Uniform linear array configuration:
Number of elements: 64
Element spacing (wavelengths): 0.5
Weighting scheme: hann
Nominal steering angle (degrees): -45
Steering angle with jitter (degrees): -44.908
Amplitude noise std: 0.05
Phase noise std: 0.05

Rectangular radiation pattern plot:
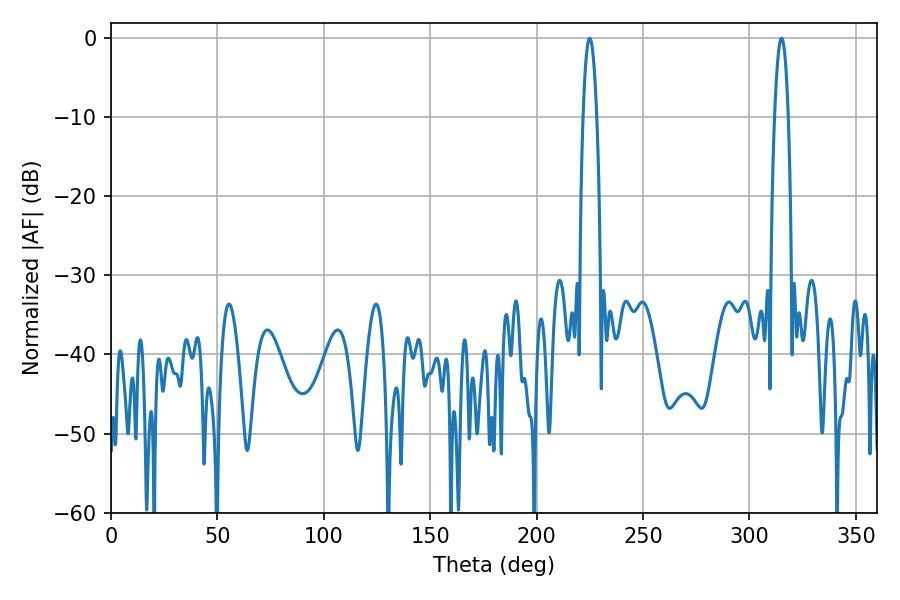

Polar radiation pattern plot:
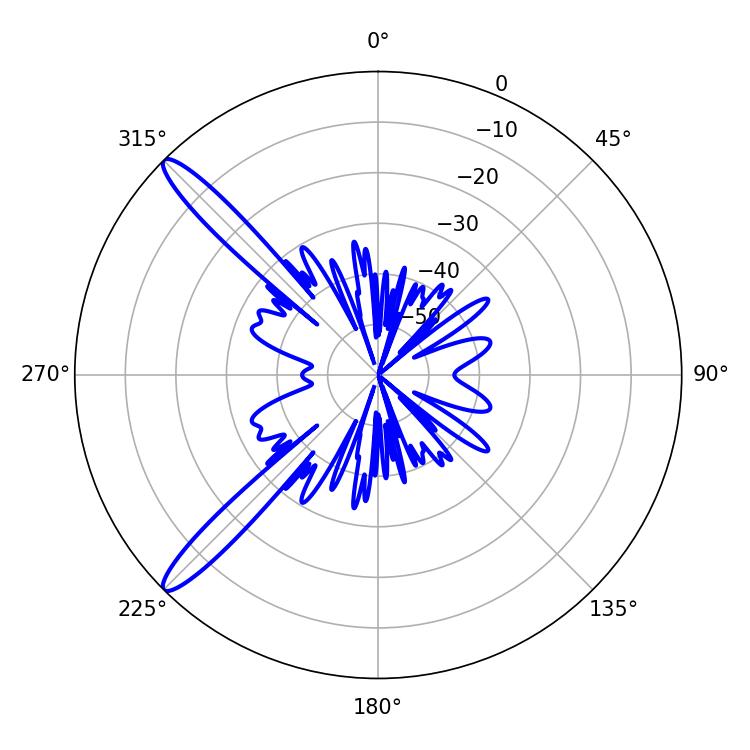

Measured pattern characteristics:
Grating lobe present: FALSE
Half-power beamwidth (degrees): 3.6
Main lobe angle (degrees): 225